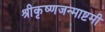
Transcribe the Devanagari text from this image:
श्रीकृष्णजन्माष्टमी